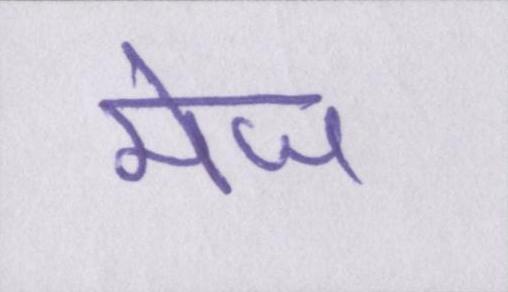
मेज